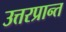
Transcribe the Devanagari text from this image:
उत्तरप्रान्त